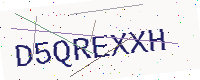
Text: D5QREXXH